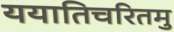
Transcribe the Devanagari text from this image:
ययातिचरितमु